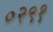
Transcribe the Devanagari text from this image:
०२९१